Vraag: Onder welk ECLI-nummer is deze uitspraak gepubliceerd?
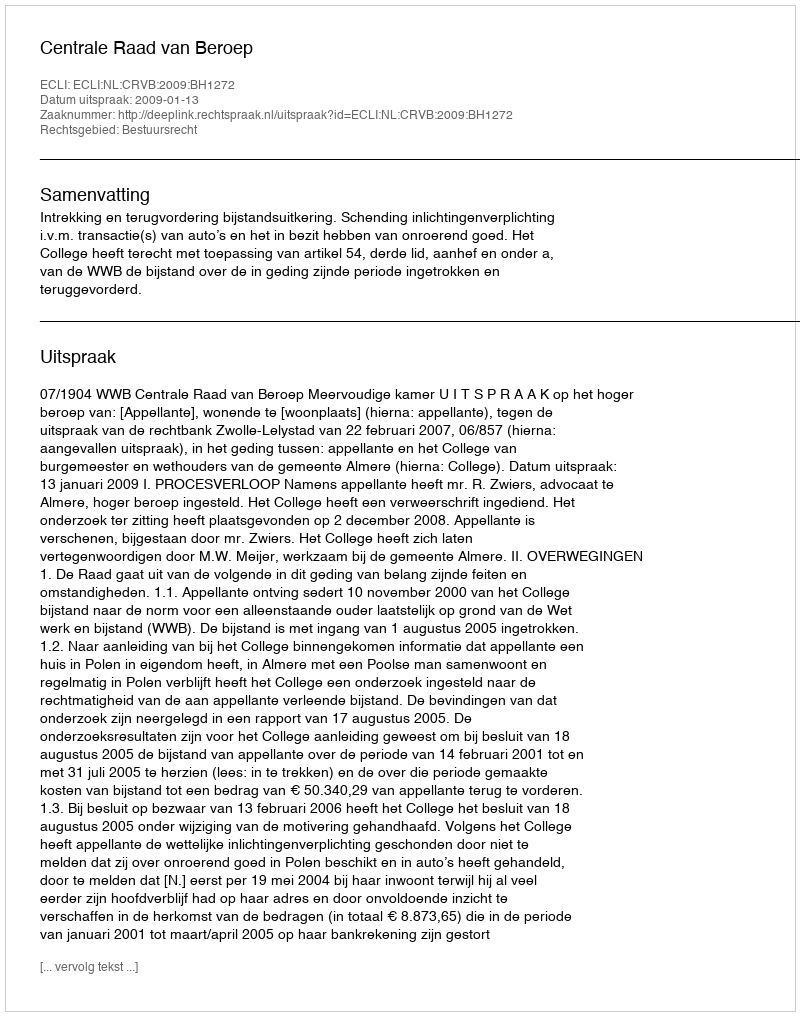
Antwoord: ECLI:NL:CRVB:2009:BH1272